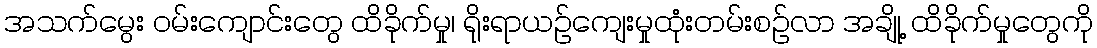
အသက်မွေး ဝမ်းကျောင်းတွေ ထိခိုက်မှု၊ ရိုးရာယဉ်ကျေးမှုထုံးတမ်းစဉ်လာ အချို့ ထိခိုက်မှုတွေကို